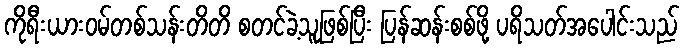
ကိုရီးယားဝမ်တစ်သန်းတိတိ စတင်ခဲ့သူဖြစ်ပြီး ပြန်ဆန်းစစ်ဖို့ ပရိသတ်အပေါင်းသည်